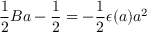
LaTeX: { \frac { 1 } { 2 } } B a - { \frac { 1 } { 2 } } = - { \frac { 1 } { 2 } } \epsilon ( a ) a ^ { 2 }